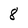
Character: 8